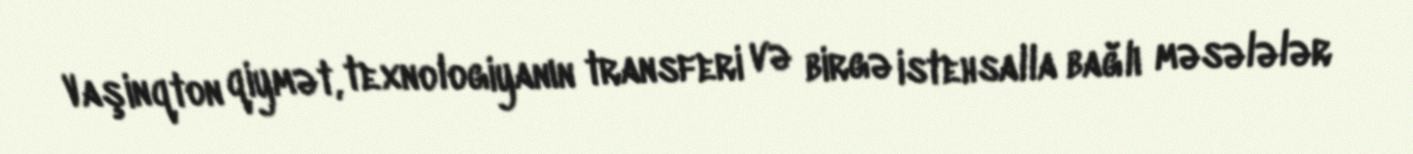
Vaşinqton qiymət, texnologiyanın transferi və birgə istehsalla bağlı məsələlər